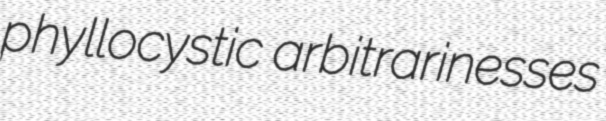
phyllocystic arbitrarinesses